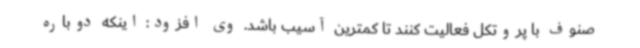
صنوف با پروتکل فعالیت کنند تا کمترین آسیب باشد. وی افزود: اینکه دوباره